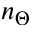
n _ { \Theta }